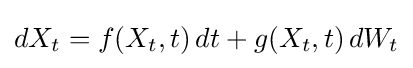
dX_{t}=f(X_{t},t)\,dt+g(X_{t},t)\,dW_{t}